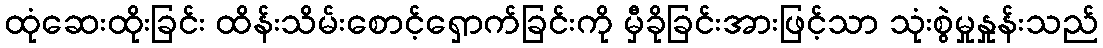
ထုံဆေးထိုးခြင်း ထိန်းသိမ်းစောင့်ရှောက်ခြင်းကို မှီခိုခြင်းအားဖြင့်သာ သုံးစွဲမှုနှုန်းသည်